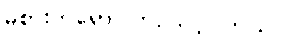
မစားဘဲရှောင်ကြဉ်သင့်ပါတယ်။